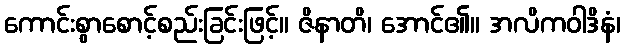
ကောင်းစွာစောင့်စည်းခြင်းဖြင့်။ ဇိနာတိ၊ အောင်၏။ အလိကဝါဒိနံ၊